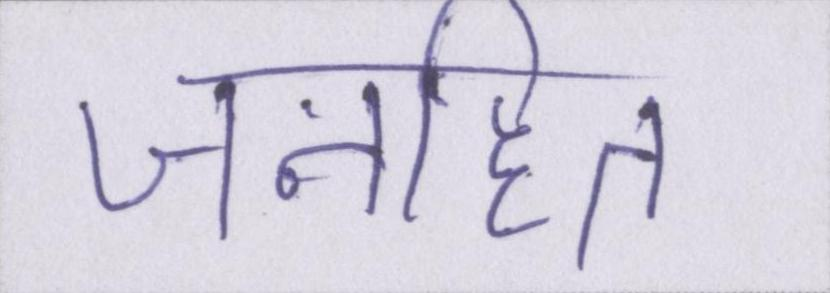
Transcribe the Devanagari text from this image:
जनहित